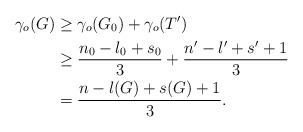
LaTeX: \begin{align*}\gamma_{o}(G) & \geq \gamma_{o}(G_{0})+\gamma_{o}(T')\\& \geq \frac{n_{0}-l_{0}+s_{0}}{3}+\frac{n'-l'+s'+1}{3}\\& =\frac{n-l(G)+s(G)+1}{3}.\end{align*}